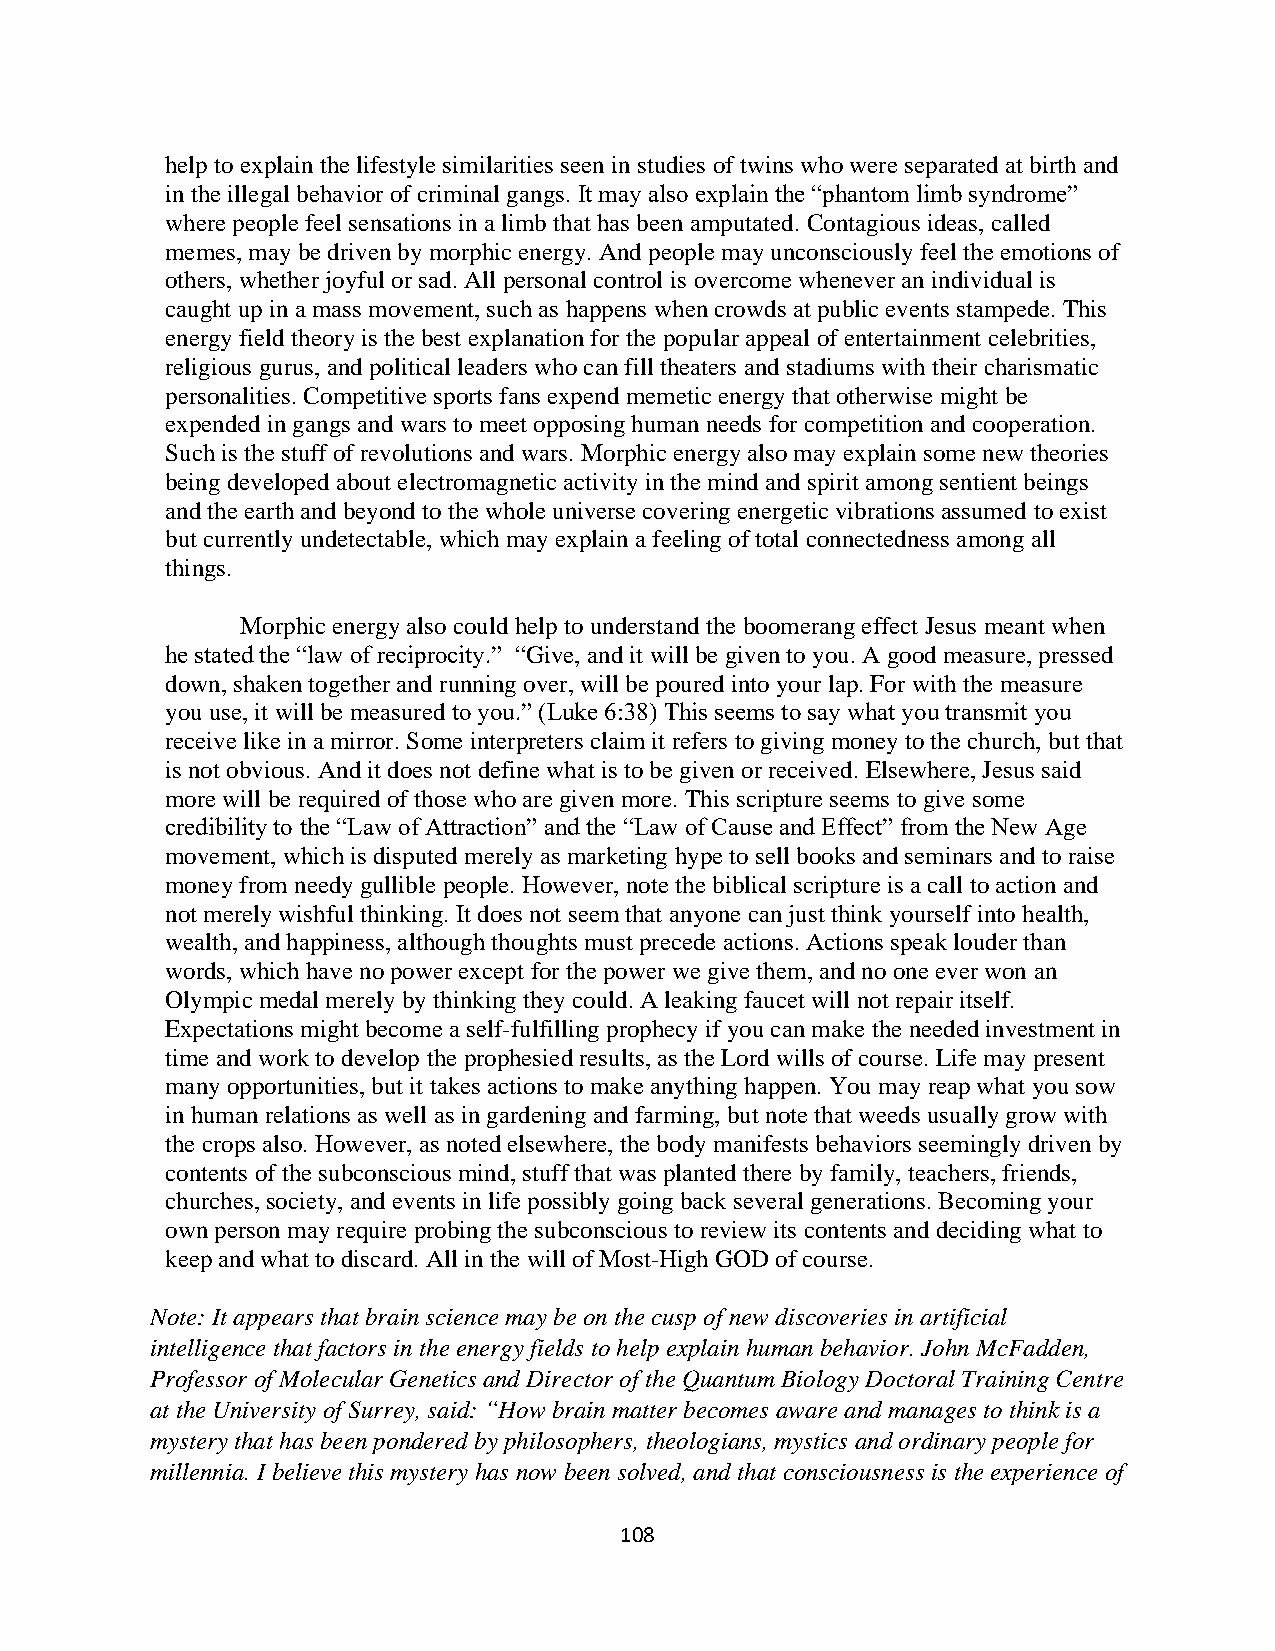
help to explain the lifestyle similarities seen in studies of twins who were separated at birth and
 in the illegal behavior of criminal gangs. It may also explain the “phantom limb syndrome”
 where people feel sensations in a limb that has been amputated. Contagious ideas, called
 memes, may be driven by morphic energy. And people may unconsciously feel the emotions of
 others, whether joyful or sad. All personal control is overcome whenever an individual is
 caught up in a mass movement, such as happens when crowds at public events stampede. This
 energy field theory is the best explanation for the popular appeal of entertainment celebrities,
 religious gurus, and political leaders who can fill theaters and stadiums with their charismatic
 personalities. Competitive sports fans expend memetic energy that otherwise might be
 expended in gangs and wars to meet opposing human needs for competition and cooperation.
 Such is the stuff of revolutions and wars. Morphic energy also may explain some new theories
 being developed about electromagnetic activity in the mind and spirit among sentient beings
 and the earth and beyond to the whole universe covering energetic vibrations assumed to exist
 but currently undetectable, which may explain a feeling of total connectedness among all
 things.
 Morphic energy also could help to understand the boomerang effect Jesus meant when
 he stated the “law of reciprocity.” “Give, and it will be given to you. A good measure, pressed
 down, shaken together and running over, will be poured into your lap. For with the measure
 you use, it will be measured to you.” (Luke 6:38) This seems to say what you transmit you
 receive like in a mirror. Some interpreters claim it refers to giving money to the church, but that
 is not obvious. And it does not define what is to be given or received. Elsewhere, Jesus said
 more will be required of those who are given more. This scripture seems to give some
 credibility to the “Law of Attraction” and the “Law of Cause and Effect” from the New Age
 movement, which is disputed merely as marketing hype to sell books and seminars and to raise
 money from needy gullible people. However, note the biblical scripture is a call to action and
 not merely wishful thinking. It does not seem that anyone can just think yourself into health,
 wealth, and happiness, although thoughts must precede actions. Actions speak louder than
 words, which have no power except for the power we give them, and no one ever won an
 Olympic medal merely by thinking they could. A leaking faucet will not repair itself.
 Expectations might become a self-fulfilling prophecy if you can make the needed investment in
 time and work to develop the prophesied results, as the Lord wills of course. Life may present
 many opportunities, but it takes actions to make anything happen. You may reap what you sow
 in human relations as well as in gardening and farming, but note that weeds usually grow with
 the crops also. However, as noted elsewhere, the body manifests behaviors seemingly driven by
 contents of the subconscious mind, stuff that was planted there by family, teachers, friends,
 churches, society, and events in life possibly going back several generations. Becoming your
 own person may require probing the subconscious to review its contents and deciding what to
 keep and what to discard. All in the will of Most-High GOD of course.
 Note: It appears that brain science may be on the cusp of new discoveries in artificial
 intelligence that factors in the energy fields to help explain human behavior. John McFadden,
 Professor of Molecular Genetics and Director of the Quantum Biology Doctoral Training Centre
 at the University of Surrey, said: “How brain matter becomes aware and manages to think is a
 mystery that has been pondered by philosophers, theologians, mystics and ordinary people for
 millennia. I believe this mystery has now been solved, and that consciousness is the experience of
 108